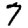
Digit: 7